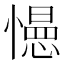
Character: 𭞽